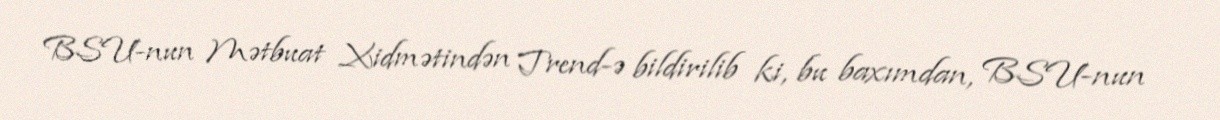
BSU-nun Mətbuat Xidmətindən Trend-ə bildirilib ki, bu baxımdan, BSU-nun